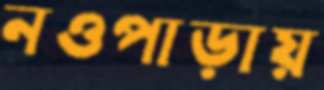
নওপাড়ায়